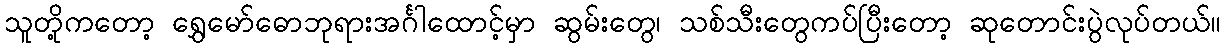
သူတို့ကတော့ ရွှေမော်ဓောဘုရားအင်္ဂါထောင့်မှာ ဆွမ်းတွေ၊ သစ်သီးတွေကပ်ပြီးတော့ ဆုတောင်းပွဲလုပ်တယ်။